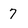
Character: 7